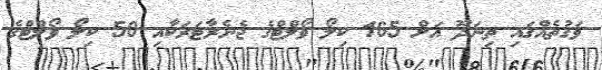
ވަގުތެއްގައި ތިނަދޫ އަށް 165 ކިލޯ ވޯލްޓްގެ ޖެނެރާޓަރަކާއި 50 ކިލޯ ވޯލްޓްގެ